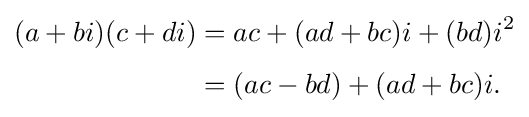
{\begin{aligned}(a+bi)(c+di)&=ac+(ad+bc)i+(bd)i^{2}\\[4pt]&=(ac-bd)+(ad+bc)i.\end{aligned}}